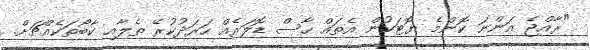
"ރާއްޖެ އަންނަ ކޮންމެ ޔޮޓަކުން އެތައް ހާސް ޑޮލަރެއް ހަރަދުކުރޭ ތެލާއި ކާބޯތަކެއްޗަށް.